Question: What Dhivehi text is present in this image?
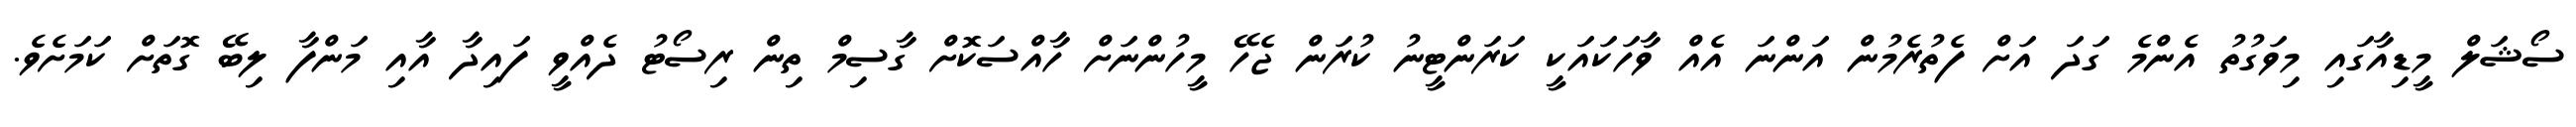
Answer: ސޯޝަލް މީޑިއާގައި މިވަގުތު އެންމެ ގަދަ އަށް ފެތުރެމުން އަންނަ އެއް ވާހަކައަކީ ކަރަންޓީނު ކުރަން ޖެހޭ މީހުންނަށް ހާއްސަކޮށް ގާސިމް ތިން ރިސޯޓު ދެއްވީ ފައިދާ އާއި މަންފާ ލިބޭ ގޮތަށް ކަމަށެވެ.